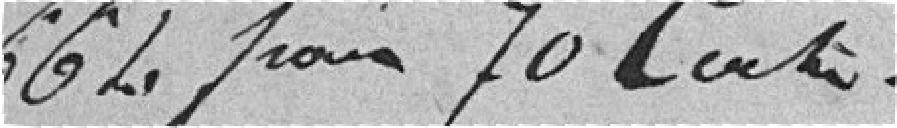
664 francs 70 centimes